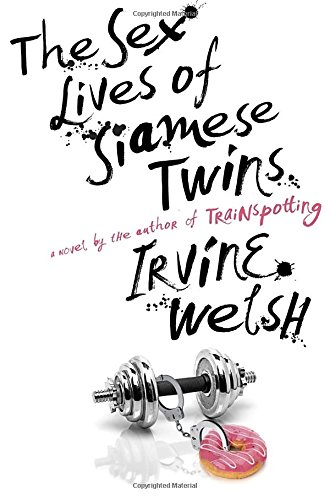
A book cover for The Sex Lives of Siamese Twins: A Novel; Irvine Welsh; Literature & Fiction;